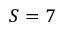
S = 7